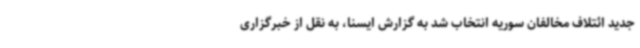
جدید ائتلاف مخالفان سوریه انتخاب شد به گزارش ایسنا، به نقل از خبرگزاری